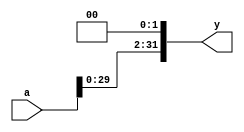
// This program was cloned from: https://github.com/lvyufeng/step_into_mips
// License: MIT License

`timescale 1ns / 1ps
//////////////////////////////////////////////////////////////////////////////////
// Company: 
// Engineer: 
// 
// Design Name: 
// Module Name: sl2
// Project Name: 
// Target Devices: 
// Tool Versions: 
// Description: 
// 
// Dependencies: 
// 
// Revision:
// Revision 0.01 - File Created
// Additional Comments:
// 
//////////////////////////////////////////////////////////////////////////////////


module sl2(
	input wire[31:0] a,
	output wire[31:0] y
    );

	assign y = {a[29:0],2'b00};
endmodule